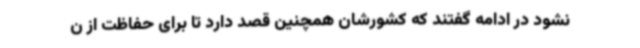
نشود در ادامه گفتند که کشورشان همچنین قصد دارد تا برای حفاظت از ن